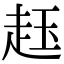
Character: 䞝